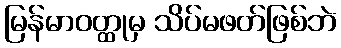
မြန်မာဝတ္ထုမှ သိပ်မဖတ်ဖြစ်ဘဲ